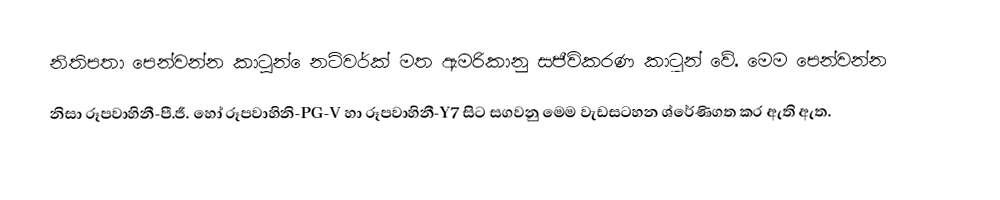
නිතිපතා පෙන්වන්න කාටූන් ෙනට්වර්ක් මත ඇමරිකානු සජීවිකරණ කාටුන් වේ. මෙම පෙන්වන්න
නිසා රූපවාහිනී-පී.ජී. හෝ රූපවාහිනි-PG-V හා රූපවාහිනී-Y7 සිට සගවනු මෙම වැඩසටහන ශ්රේණිගත කර ඇති ඇත.